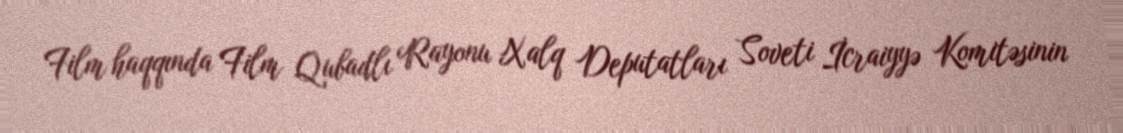
Film haqqında Film Qubadlı Rayonu Xalq Deputatları Soveti İcraiyyə Komitəsinin